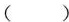
( )